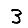
Digit: 3